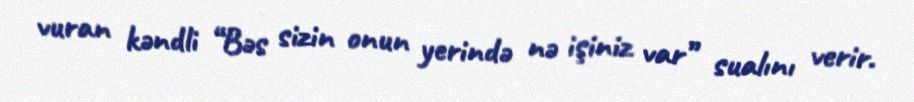
vuran kəndli “Bəs sizin onun yerində nə işiniz var” sualını verir.